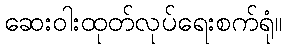
ဆေးဝါးထုတ်လုပ်ရေးစက်ရုံ။